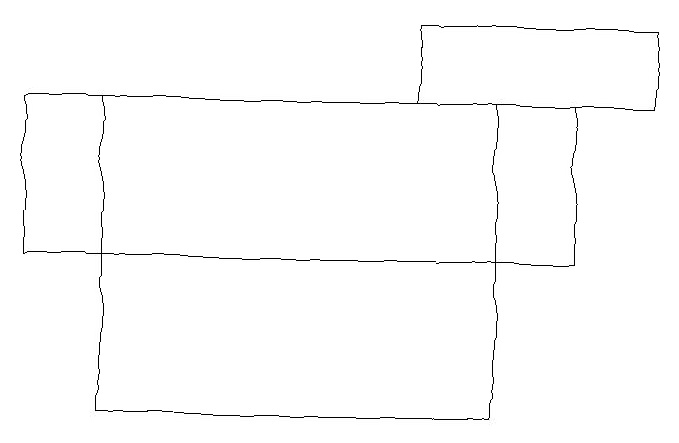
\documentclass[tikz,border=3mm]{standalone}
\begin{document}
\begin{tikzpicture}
\draw (1,15) rectangle (6,11);
\draw (0,15) rectangle (7,13);
\draw (8,15) rectangle (5,16);
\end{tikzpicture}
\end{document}